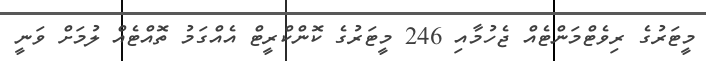
މީޓަރުގެ ރިވެޓްމަންޓެއް ޖެހުމާއި 246 މީޓަރުގެ ކޮންކްރީޓް އެއްގަމު ތޮއްޓެއް ލުމަށް ވަނީ